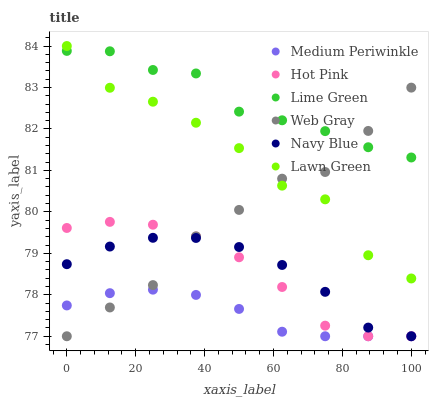
| xaxis_label | Medium Periwinkle | Hot Pink | Lime Green | Web Gray | Navy Blue | Lawn Green |
 | --- | --- | --- | --- | --- | --- | --- |
 | 0 | 77.7 | 79.6 | 83.9 | 77 | 78.7 | 84 |
 | 12.5 | 78 | 79.8 | 83.9 | 77.7 | 79.2 | 83 |
 | 25 | 78.1 | 79.7 | 83.4 | 78.2 | 79.4 | 82.7 |
 | 37.5 | 78 | 79.4 | 83.3 | 79.4 | 79.4 | 82.1 |
 | 50 | 77.7 | 78.9 | 82.4 | 80 | 79.2 | 81.5 |
 | 62.5 | 77.1 | 78.2 | 82.2 | 80.8 | 78.7 | 80.6 |
 | 75 | 77 | 77.3 | 81.9 | 81 | 78.1 | 80.3 |
 | 87.5 | 77 | 77 | 81.6 | 82 | 77.2 | 79 |
 | 100 | 77 | 77 | 81.3 | 83 | 77 | 78.4 |